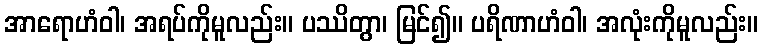
အာရောဟံဝါ၊ အရပ်ကိုမူလည်း။ ပဿိတွာ၊ မြင်၍။ ပရိဏာဟံဝါ၊ အလုံးကိုမူလည်း။